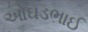
ઓઘડભાઈ